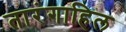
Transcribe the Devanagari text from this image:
तारंगाहिल